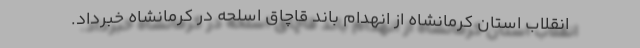
انقلاب استان کرمانشاه از انهدام باند قاچاق اسلحه در کرمانشاه خبرداد.